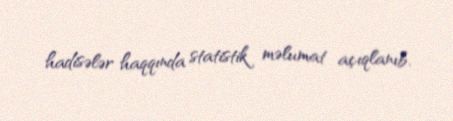
hadisələr haqqında statistik məlumat açıqlanıb.